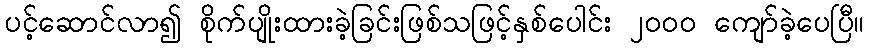
ပင့်ဆောင်လာ၍ စိုက်ပျိုးထားခဲ့ခြင်းဖြစ်သဖြင့်နှစ်ပေါင်း ၂ဝဝဝ ကျော်ခဲ့ပေပြီ။